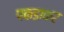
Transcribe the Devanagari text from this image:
पकड़ाकर